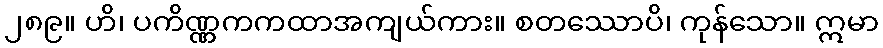
၂၈၉။ ဟိ၊ ပကိဏ္ဏကကထာအကျယ်ကား။ စတဿောပိ၊ ကုန်သော။ ဣမာ